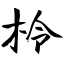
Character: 柃